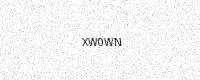
Text: XW0WN